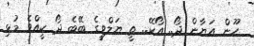
ހޫން އަޔާން ދޯ.. އޯކޭ.. ތީ ޔަލްވީގެ ބޭބެ ދޯ ކީއްވެ މުޅި